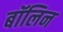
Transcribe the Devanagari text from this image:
बॉलिन